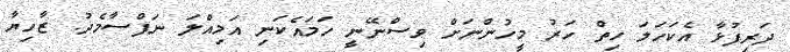
ދަރިފުޅާ އެކަހަލަ ހިތް ހަރު މީހުންނަށް ވިސްނޭނީ ހަމައެކަނި އަމިއްލަ ނަފްސާމެދު. ޒާހިޔާ